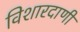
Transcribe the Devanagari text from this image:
विशारदाणी